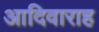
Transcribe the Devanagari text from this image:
आदिवाराह